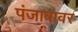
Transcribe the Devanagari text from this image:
पंजाबावर